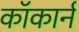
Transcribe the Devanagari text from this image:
कॉकार्न